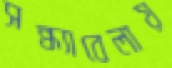
সন্ধ্যাবেলায়